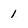
Character: 1